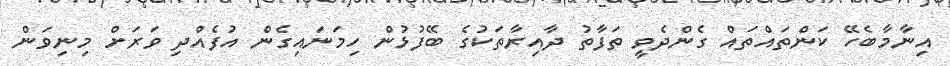
އިނާމާބެހޭ ކަންތައްތައް ގެންދެވީ ތަފާތު ދާއިރާތަކުގެ ބޭފުޅުން ހިމަނައިގެން އުފެއްދި ވަރަށް މިނިވަން